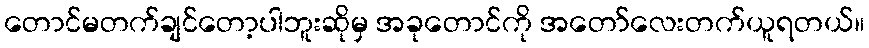
တောင်မတက်ချင်တော့ပါဘူးဆိုမှ အခုတောင်ကို အတော်လေးတက်ယူရတယ်။